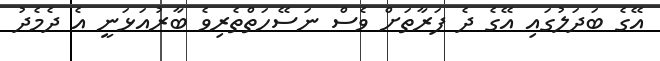
އޭގެ ބަދަލުގައި އޭގެ ދެ ފަރާތަށް ވެސް ނަސޭހަތްތެރިވެ ބާރުއަޅަނީ އެ ދެމެދު